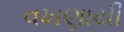
વખણાયી